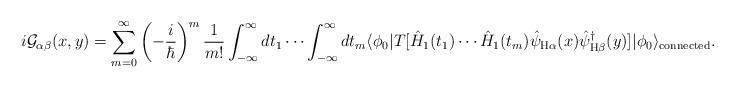
LaTeX: \begin{align*}i\mathcal{G}_{\alpha \beta}(x,y)=\sum_{m=0}^{\infty}\left(-\frac{i}{\hbar}\right)^{m}\frac{1}{m!}\int_{-\infty}^{\infty}dt_{1}\cdots\int_{-\infty}^{\infty}dt_{m}\langle\phi_{0}|T[\hat{H}_{1}(t_{1})\cdots\hat{H}_{1}(t_{m})\hat{\psi}_{\mathrm{H}\alpha}(x)\hat{\psi}_{\mathrm{H}\beta}^{\dagger}(y)]|\phi_{0}\rangle_{\mathrm{connected}}.\end{align*}